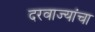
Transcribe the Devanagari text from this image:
दरवाज्यांचा